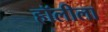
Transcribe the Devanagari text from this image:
हॉलीला